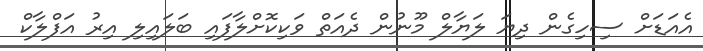
އެއަޑަށް ސިހިގެން ދިޔަ ލަޔާލް މޫނުން ދެއަތް ވަކިކޮށްލާފައި ބަލައިލި އިރު އަފްލާކް